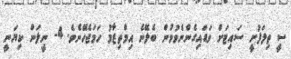
ސީ ތިލަފުށީ ސައިޓަށް ވަޑައިގެންނެވުމުން ބެލޭނެ އިމްތިޒާމު ހަމަޖެހޭނެެވެ. 4- ނީލަން ކިޔަނީ